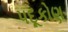
પદૂકોણ